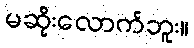
မဆိုးလောက်ဘူး။